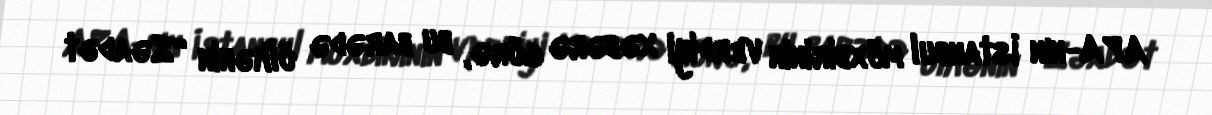
APA-nın İstanbul müxbirinin verdiyi xəbərə görə, bu barədə ölkənin “Səadət